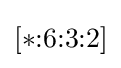
[*{:}6{:}3{:}2]